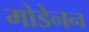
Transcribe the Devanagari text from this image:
मोडेनन